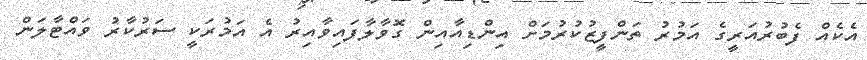
އެކެއް ފެބުރުއަރީގެ އަމުރު ތަންފީޒުކުރުމަށް އިންޑިއާއިން ގޮވާލާފައިވާއިރު އެ އަމުރަކީ ސަރުކާރު ވައްޓާލަން